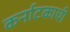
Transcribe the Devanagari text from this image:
कर्नाटकाची